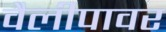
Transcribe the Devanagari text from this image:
वैलीपावर